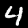
Label: 4